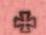
+